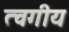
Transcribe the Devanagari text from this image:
त्वगीय